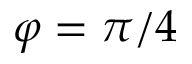
\varphi = \pi / 4